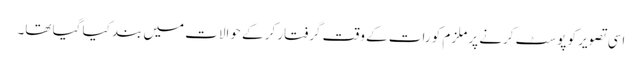
اسی تصویر کو پوسٹ کرنے پر ملزم کو رات کے وقت گرفتار کر کے حوالات میں بند کیا گیا تھا۔